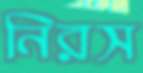
নিরস